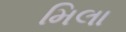
મિલા